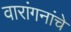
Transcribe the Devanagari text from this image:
वारांगनांचे